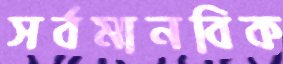
সর্বমানবিক